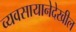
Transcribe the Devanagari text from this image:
व्यवसायानेदेखील